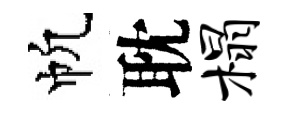
帆耽榻